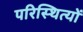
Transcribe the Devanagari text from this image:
परिस्थित्यों